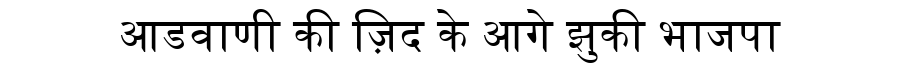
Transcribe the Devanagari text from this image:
आडवाणी की ज़िद के आगे झुकी भाजपा